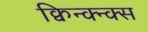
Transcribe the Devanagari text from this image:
क्विन्क्न्क्स